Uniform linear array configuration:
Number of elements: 64
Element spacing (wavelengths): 0.75
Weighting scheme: binomial
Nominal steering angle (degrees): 60
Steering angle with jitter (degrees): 60.242
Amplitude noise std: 0.05
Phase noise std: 0.05

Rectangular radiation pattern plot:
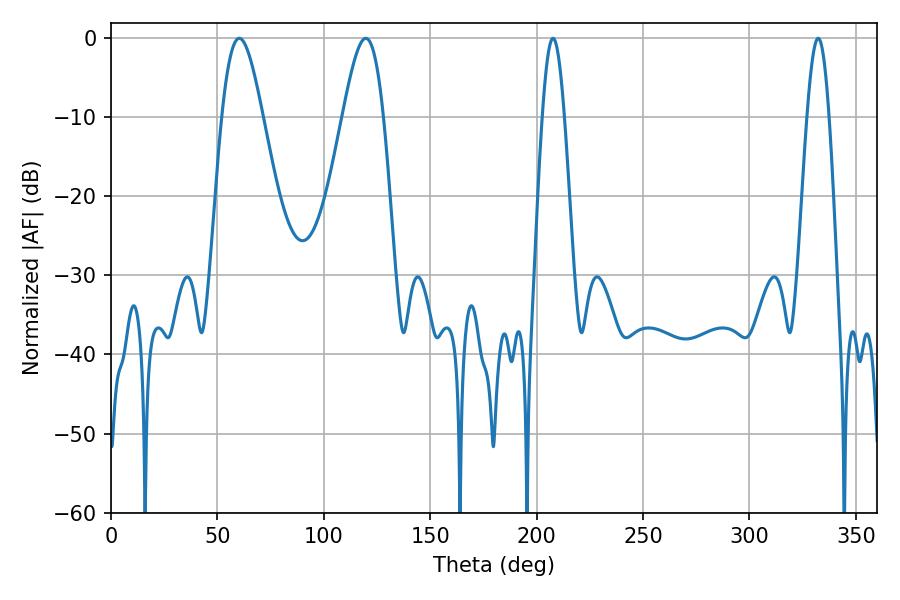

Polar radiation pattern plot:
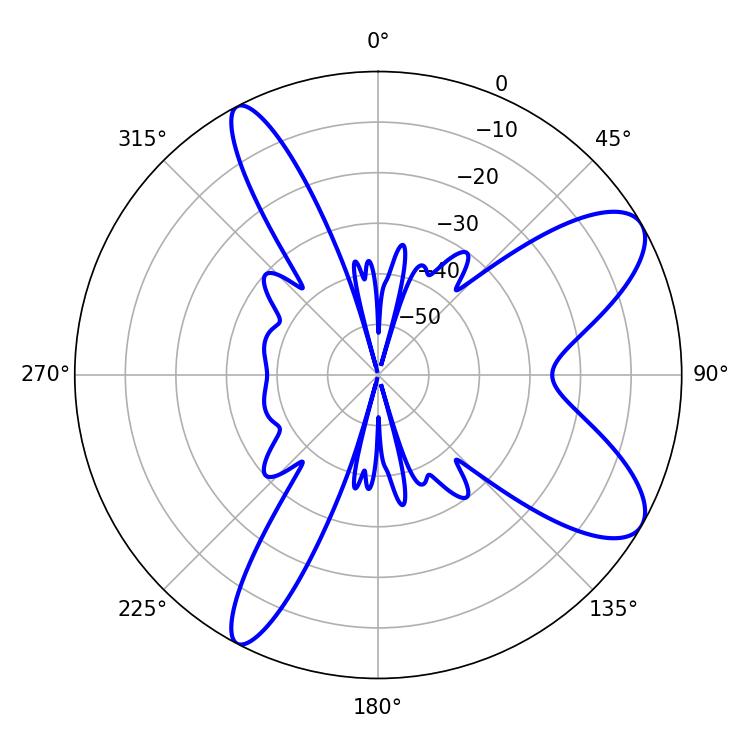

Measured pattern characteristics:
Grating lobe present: TRUE
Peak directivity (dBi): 9.104
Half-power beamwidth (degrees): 10.08
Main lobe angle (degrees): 60.3